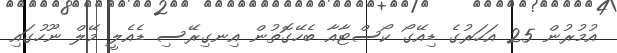
އުމުރުން 25 އަހަރުގެ ޑިއޭގޯ ކޯސްޓާއާ ބެހޭގޮތުން އިނގިރޭސި ޑެއެލީ މޭލް ނޫހުގައި